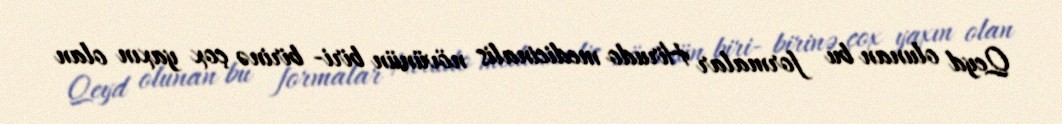
Qeyd olunan bu formalar Hirudo medicinalis növünün biri- birinə çox yaxın olan